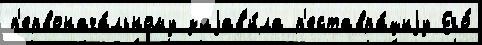
п'ервонача́льному заjав'и́ла р'еставра́циjу Его́